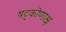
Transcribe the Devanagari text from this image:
षट्कोणाक्ष